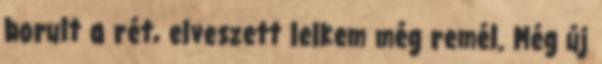
borult a rét, elveszett lelkem még remél. Még új